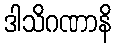
ဒါသိဂဏာနိ